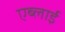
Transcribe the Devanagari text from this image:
एब्लाई